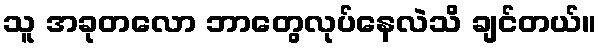
သူ အခုတလော ဘာတွေလုပ်နေလဲသိ ချင်တယ်။